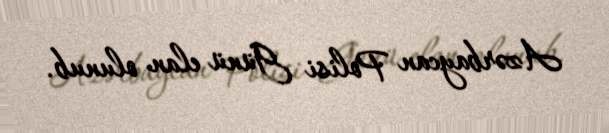
Azərbaycan Polisi Günü elan olunub.